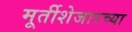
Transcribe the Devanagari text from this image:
मूर्तीशेजारच्या